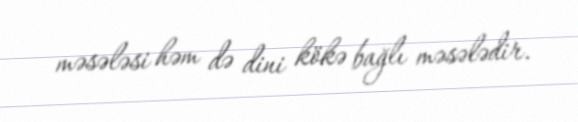
məsələsi həm də dini kökə bağlı məsələdir.